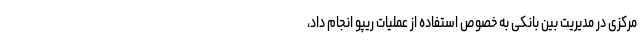
مرکزی در مدیریت بین بانکی به خصوص استفاده از عملیات ریپو انجام داد،